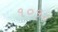
૧૦૬૮